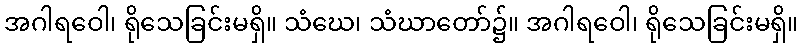
အဂါရဝေါ၊ ရိုသေခြင်းမရှိ။ သံဃေ၊ သံဃာတော်၌။ အဂါရဝေါ၊ ရိုသေခြင်းမရှိ။